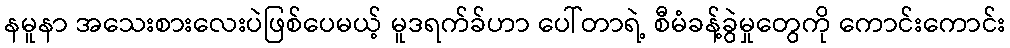
နမူနာ အသေးစားလေးပဲဖြစ်ပေမယ့် မူဒရက်ခ်ဟာ ပေါ်တာရဲ့ စီမံခန့်ခွဲမှုတွေကို ကောင်းကောင်း